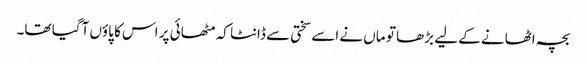
بچہ اٹھانے کے لیے بڑھا تو ماں نے اسے سختی سے ڈانٹا کہ مٹھائی پر اس کا پاؤں آگیا تھا۔